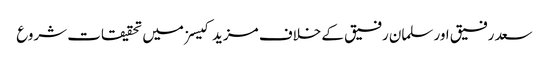
سعد رفیق اور سلمان رفیق کے خلاف مزید کیسز میں تحقیقات شروع